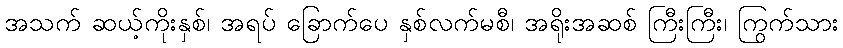
အသက် ဆယ့်ကိုးနှစ်၊ အရပ် ခြောက်ပေ နှစ်လက်မစီ၊ အရိုးအဆစ် ကြီးကြီး၊ ကြွက်သား